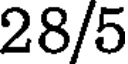
28/5